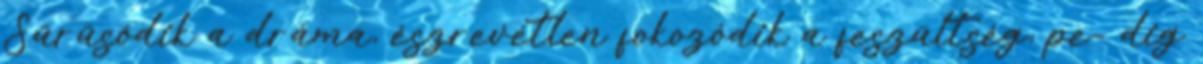
Sűrűsödik a dráma, észrevétlen fokozódik a feszültség, pe- dig